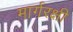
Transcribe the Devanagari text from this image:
मार्गरक्षी